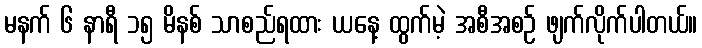
မနက် ၆ နာရီ ၁၅ မိနစ် သာစည်ရထား ယနေ့ ထွက်မဲ့ အစီအစဉ် ဖျက်လိုက်ပါတယ်။